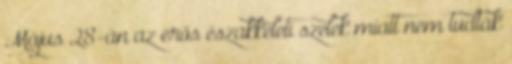
Május 28-án az erős északkeleti szelek miatt nem tudták